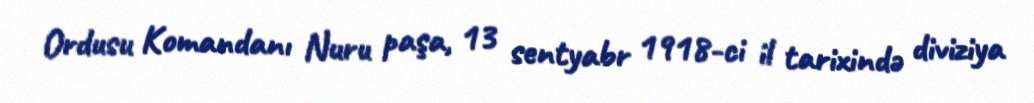
Ordusu Komandanı Nuru paşa, 13 sentyabr 1918-ci il tarixində diviziya